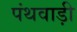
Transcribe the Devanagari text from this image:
पंथवाड़ी